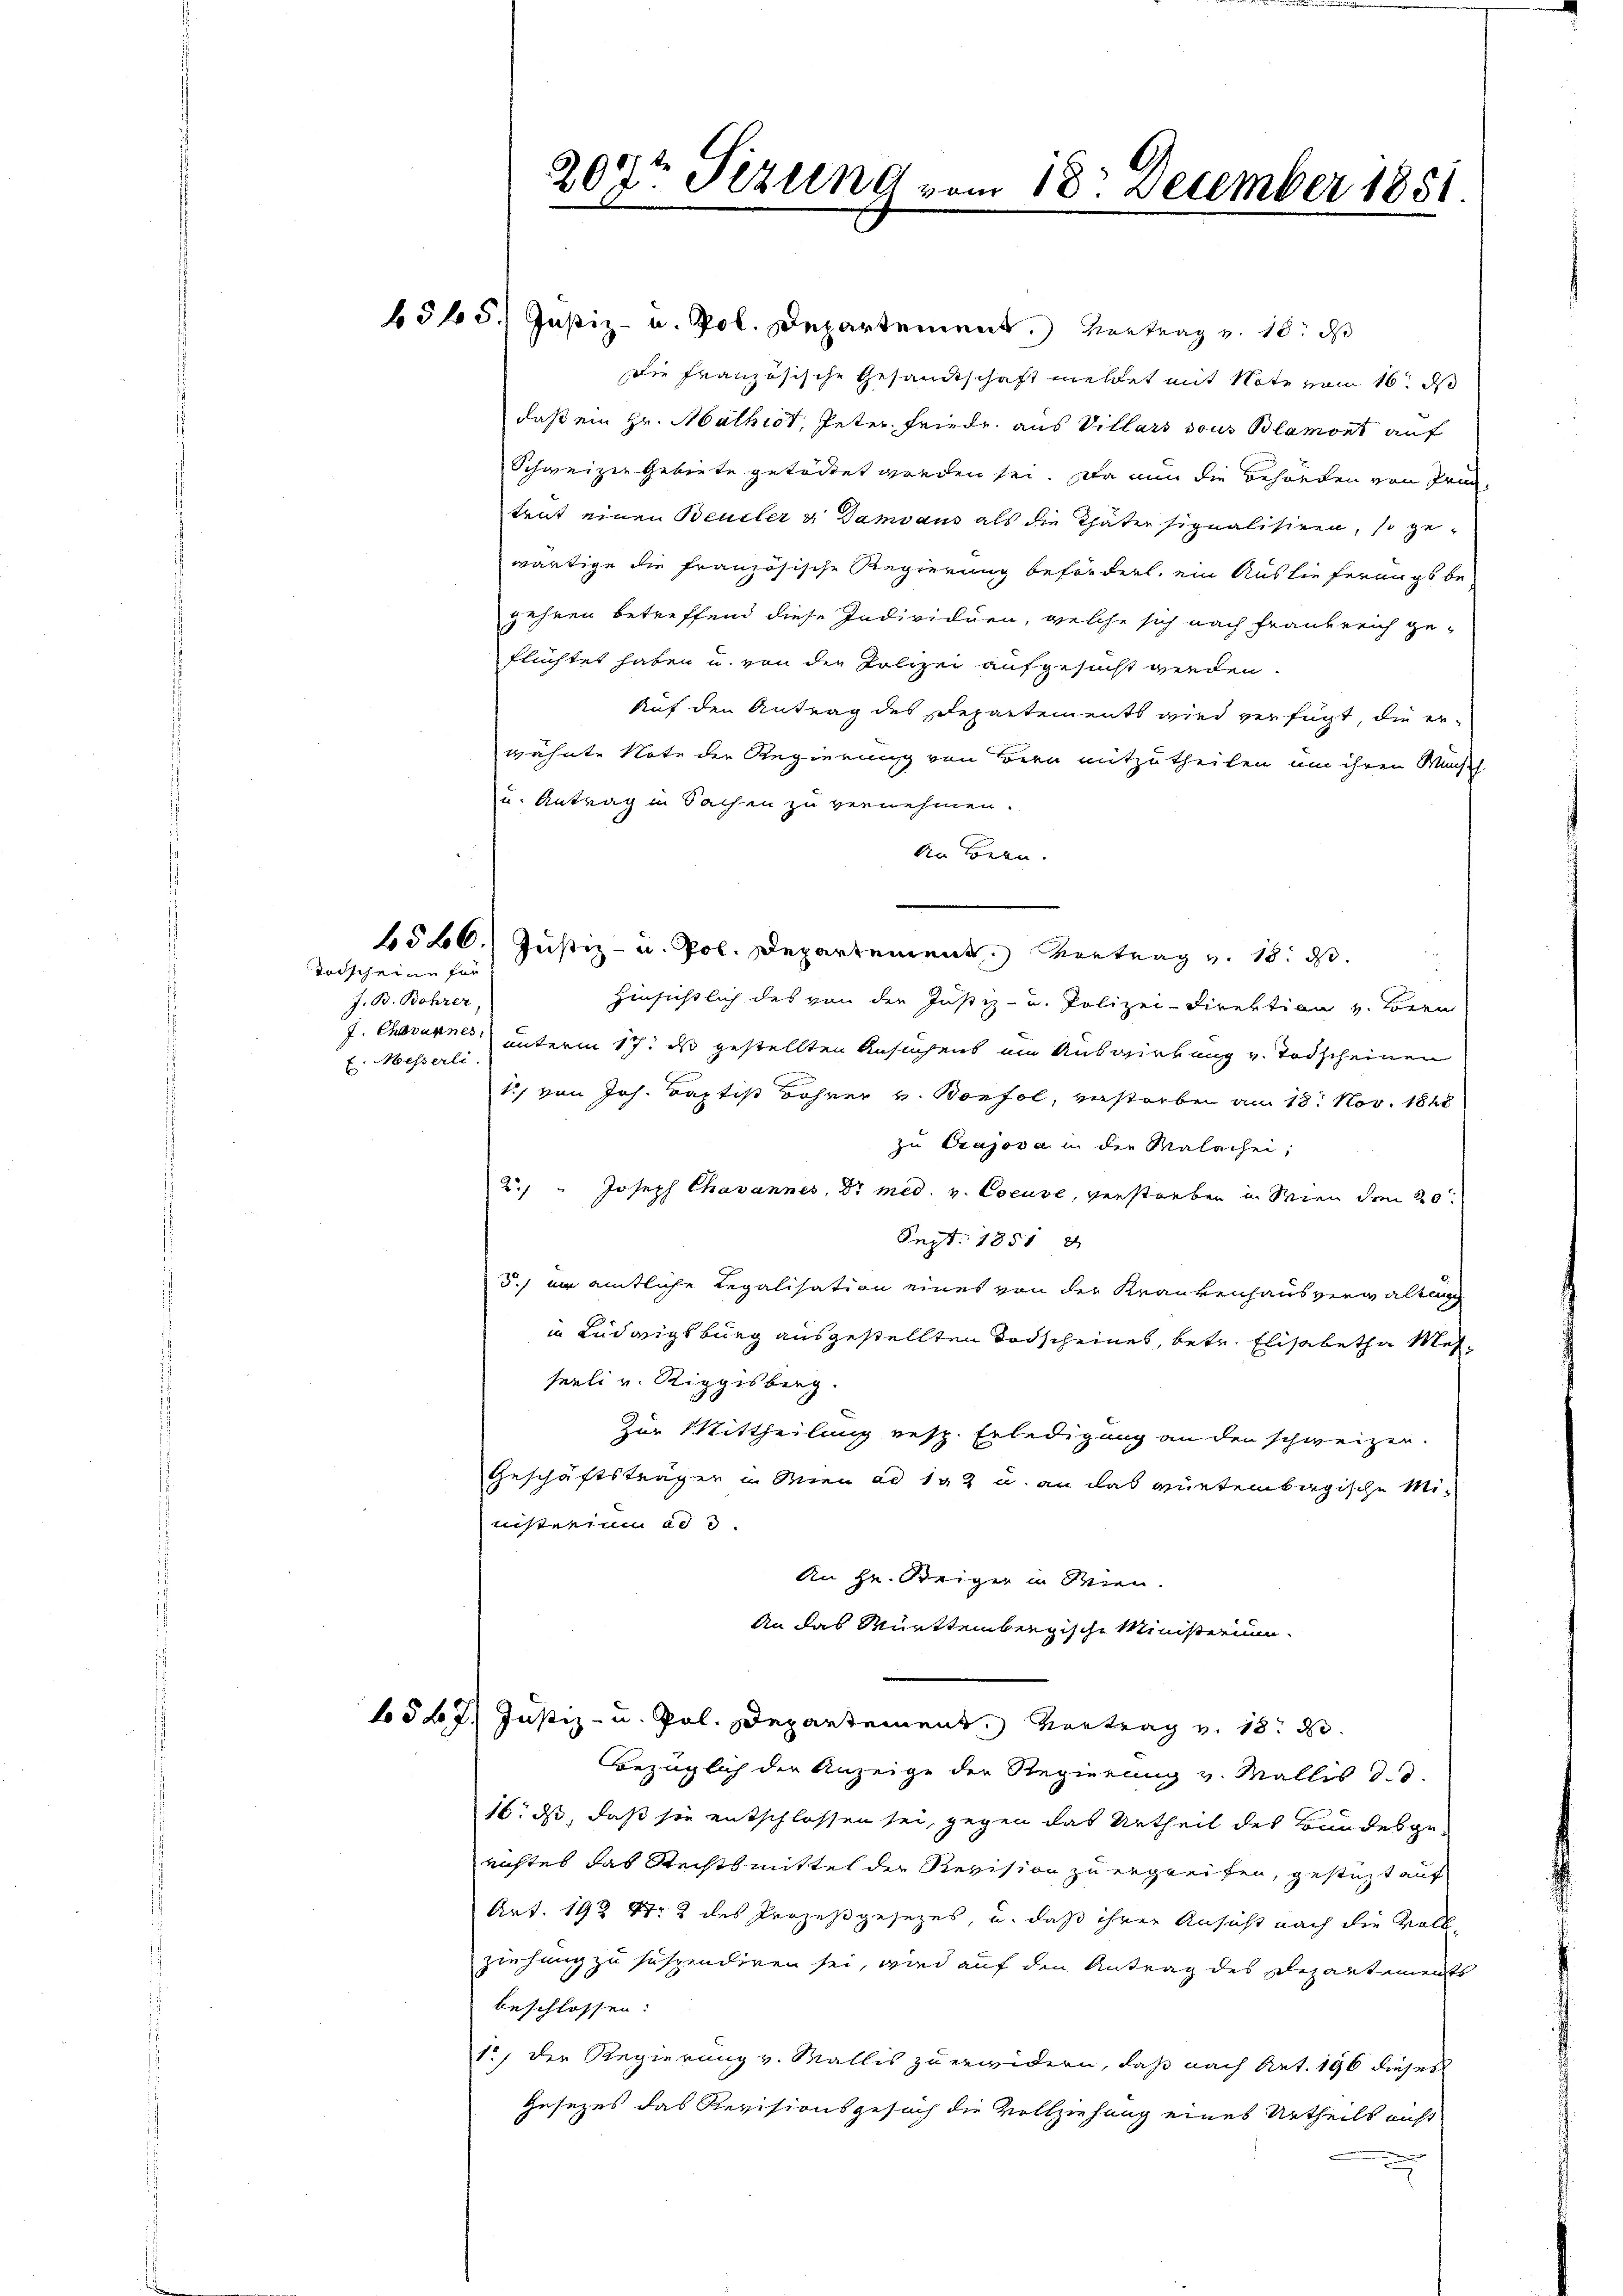
Todscheine für
J. B. Bohrer
E. Messerli.

f 5 x

6545. Justiz- u. Pol. Departement. Vortrag v. 18. ds
Die französische Gesandtschaft meldet mit Note vom 16. ds
daß ein Hr. Mathist, Peter Friede aus Villars sous Blamont auf
Schweizer Gebiete getödtet worden sei. Da nun die Behörden von Pri
trut einen Beudler & Damvaus als die Thäter signalisiren, so ge-
wärtige die französische Regierung befördert, ein Auslieferungs be-
gehren betreffend diese Individuen, welche sich nach Frankreich ge-
flüchtet haben u. von der Polizei aufgesucht werden.
Auf den Antrag des Departements wird verfügt, die er-
wähnte Note der Regierung von Bern mitzutheilen um ihren Machth
u. Antrag in Sachen zu vernehmen.
An Bern.
6526. Justiz- u. Pol. Departement. Vortrag v. 18. d.
Hinsichtlich des von der Justiz- u. Polizei-Direktion v. Bern
J. Chovannes unterm 17. ds gestellten Ansuchens ein Auswirkung v. Todscheinen
1, von Joh. Baptist Bohrer v. Bonfol, verstorben am 18. Nov. 1848
zu Crajova in der Malarhei;
2. " Joseph Chavannes, Dr med. v. Cocuse, verstorben in Wien den 20ten
Sept. 1851
3.) an amtliche Regalisation eines von der Krankenhausverwaltung
in Ludwigsburg ausgestellten Todscheines, betr. Elisabetha Messeeli v. Riggisberg.
Zur Mittheilung resp. Erledigung an den schweizer.
Geschäftsträger in Wien ad 192 u. an das würtembagische Ministerium ad d.
An Hr. Weiger in Wien.
An das Württembergische Ministerium
2. Justiz- u. Pol. Departement. Vortrag v. 18. d.
Bezüglich der Anzeige der Regierung v. Wallis d. d.
16. ds, daß sie entschlossen sei, gegen das Urtheil des Bundesgerichtes das Rechtsmittel der Revision zu ergreifen, gestüzt auf
Art. 192 Nr. 2 des Prozeßgesezes, u. daß ihrer Ansicht nach die Vollziehung zu suspendiren sei, wird auf den Antrag des Departements
beschlossen:
1.) Der Regierung v. Wallis zu erwidern, daß nach Art. 196 dieses
Gesezes das Revisionsgesuch die Vollziehung eines Urtheils auf

200 Sizung vom 18. December 1851